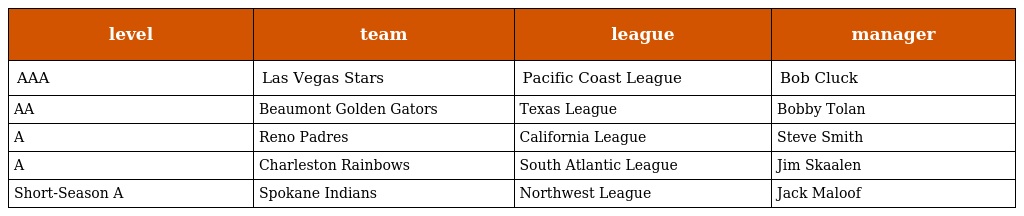
| level | team | league | manager |
 | --- | --- | --- | --- |
 | AAA | Las Vegas Stars | Pacific Coast League | Bob Cluck |
 | AA | Beaumont Golden Gators | Texas League | Bobby Tolan |
 | A | Reno Padres | California League | Steve Smith |
 | A | Charleston Rainbows | South Atlantic League | Jim Skaalen |
 | Short-Season A | Spokane Indians | Northwest League | Jack Maloof |